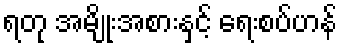
ရတု အမျိုးအစားနှင့် ရေးစပ်ဟန်